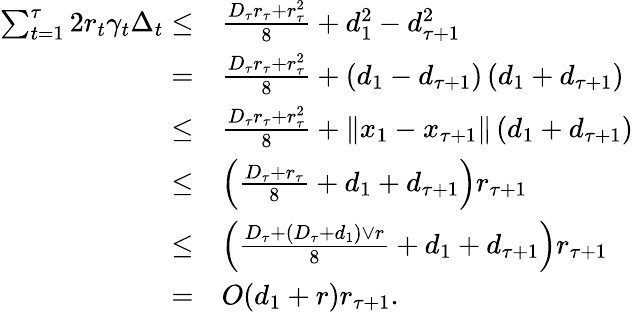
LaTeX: \begin{array}{rl}{\sum_{t=1}^{\tau}2r_{t}\gamma_{t}\Delta_{t}\leq}&{\frac{D_{\tau}r_{\tau}+r_{\tau}^{2}}{8}+d_{1}^{2}-d_{\tau+1}^{2}}\\ {=}&{\frac{D_{\tau}r_{\tau}+r_{\tau}^{2}}{8}+\left(d_{1}-d_{\tau+1}\right)\left(d_{1}+d_{\tau+1}\right)}\\ {\leq}&{\frac{D_{\tau}r_{\tau}+r_{\tau}^{2}}{8}+\left\Vert x_{1}-x_{\tau+1}\right\Vert\left(d_{1}+d_{\tau+1}\right)}\\ {\leq}&{\left(\frac{D_{\tau}+r_{\tau}}{8}+d_{1}+d_{\tau+1}\right)r_{\tau+1}}\\ {\leq}&{\left(\frac{D_{\tau}+\left(D_{\tau}+d_{1}\right)\lor r}{8}+d_{1}+d_{\tau+1}\right)r_{\tau+1}}\\ {=}&{O(d_{1}+r)r_{\tau+1}.}\end{array}